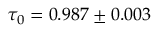
\tau _ { 0 } = 0 . 9 8 7 \pm 0 . 0 0 3